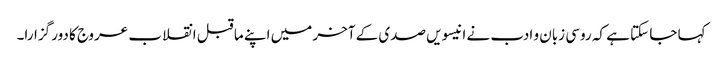
کہا جا سکتا ہے کہ روسی زبان و ادب نے انیسویں صدی کے آخر میں اپنے ما قبل انقلاب عروج کا دور گزارا۔